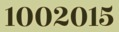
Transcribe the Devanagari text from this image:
१००२०१५